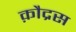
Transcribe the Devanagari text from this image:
क़ौद्रस